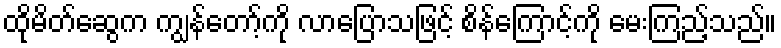
ထိုမိတ်ဆွေက ကျွန်တော့်ကို လာပြောသဖြင့် စိန်ကြောင့်ကို မေးကြည့်သည်။